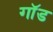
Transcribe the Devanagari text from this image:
गाॅड